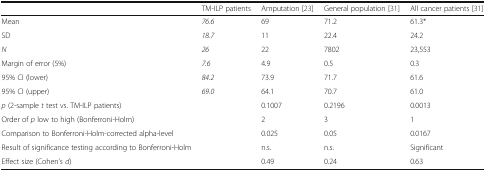
<table><thead><tr><td></td><td><b>TM-ILP patients</b></td><td><b>Amputation [23]</b></td><td><b>General population [31]</b></td><td><b>All cancer patients [31]</b></td></tr></thead><tbody><tr><td>Mean</td><td><i>76.6</i></td><td>69</td><td>71.2</td><td>61.3*</td></tr><tr><td>SD</td><td><i>18.7</i></td><td>11</td><td>22.4</td><td>24.2</td></tr><tr><td><i>N</i></td><td><i>26</i></td><td>22</td><td>7802</td><td>23,553</td></tr><tr><td>Margin of error (5%)</td><td><i>7.6</i></td><td>4.9</td><td>0.5</td><td>0.3</td></tr><tr><td>95% CI (lower)</td><td><i>84.2</i></td><td>73.9</td><td>71.7</td><td>61.6</td></tr><tr><td>95% CI (upper)</td><td><i>69.0</i></td><td>64.1</td><td>70.7</td><td>61.0</td></tr><tr><td><i>p</i> (2-sample <i>t</i> test vs. TM-ILP patients)</td><td></td><td>0.1007</td><td>0.2196</td><td>0.0013</td></tr><tr><td>Order of <i>p</i> low to high (Bonferroni-Holm)</td><td></td><td>2</td><td>3</td><td>1</td></tr><tr><td>Comparison to Bonferroni-Holm-corrected alpha-level</td><td></td><td>0.025</td><td>0.05</td><td>0.0167</td></tr><tr><td>Result of significance testing according to Bonferroni-Holm</td><td></td><td>n.s.</td><td>n.s.</td><td>Significant</td></tr><tr><td>Effect size (Cohen’s <i>d</i>)</td><td></td><td>0.49</td><td>0.24</td><td>0.63</td></tr></tbody></table>